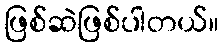
ဖြစ်ဆဲဖြစ်ပါတယ်။